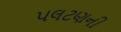
પલટણની